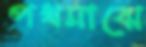
পথমাঝে